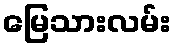
မြေသားလမ်း